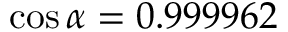
\cos \alpha = 0 . 9 9 9 9 6 2